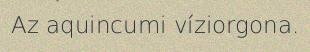
Az aquincumi víziorgona.